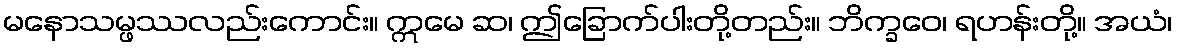
မနောသမ္ဖဿလည်းကောင်း။ ဣမေ ဆ၊ ဤခြောက်ပါးတို့တည်း။ ဘိက္ခဝေ၊ ရဟန်းတို့။ အယံ၊